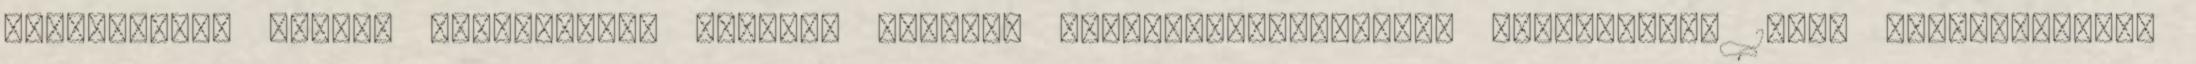
repartíciók előtti tulajdonosa részére történő visszaszolgáltatást jelentette. 1945. augusztusában